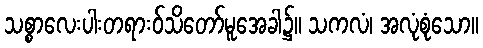
သစ္စာလေးပါးတရားဝ်သိတော်မူအေခါ၌။ သကလံ၊ အလုံစုံသော။